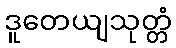
ဒူတေယျသုတ္တံ